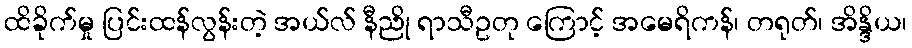
ထိခိုက်မှု ပြင်းထန်လွန်းတဲ့ အယ်လ် နီညို ရာသီဥတု ကြောင့် အမေရိကန်၊ တရုတ်၊ အိန္ဒိယ၊